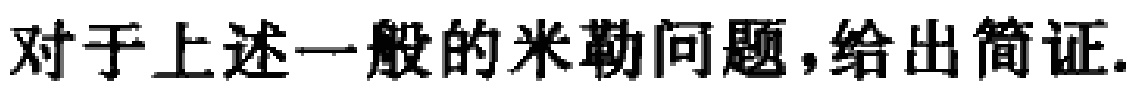
对于上述一般的米勒问题，给出简证.